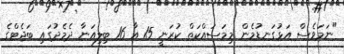
"ނަމަވެސް އަޅުގަނޑުމެން މިމަސައްކަތް ކުރަނީ 15 އާ 16 ބިލިއަނާ ދެމެދުގައި ބަޖެޓްގެ